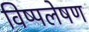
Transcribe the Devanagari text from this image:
विष्पलेषण